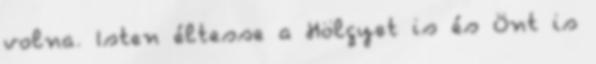
volna. Isten éltesse a Hölgyet is és Önt is